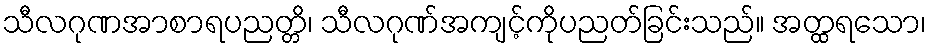
သီလဂုဏအာစာရပညတ္တိ၊ သီလဂုဏ်အကျင့်ကိုပညတ်ခြင်းသည်။ အတ္ထရသော၊